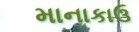
માનાકાઉ